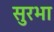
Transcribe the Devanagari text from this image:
सुरभा